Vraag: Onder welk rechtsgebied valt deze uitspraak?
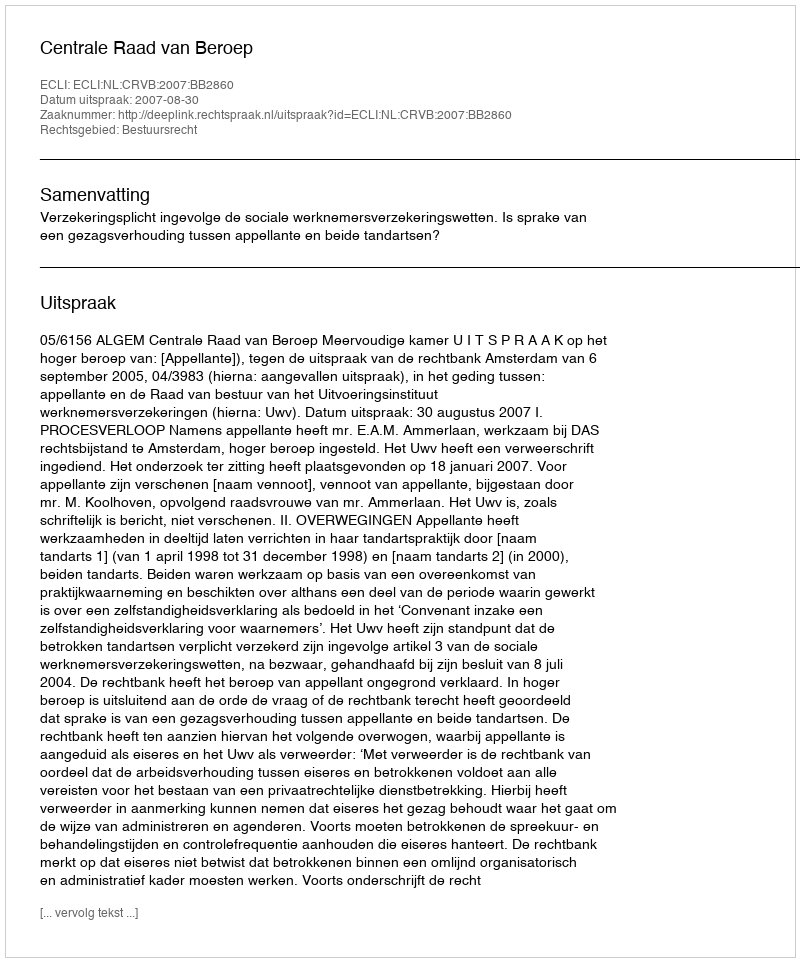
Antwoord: Bestuursrecht